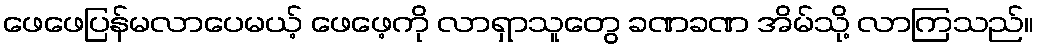
ဖေဖေပြန်မလာပေမယ့် ဖေဖေ့ကို လာရှာသူတွေ ခဏခဏ အိမ်သို့ လာကြသည်။